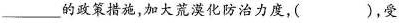
___的政策措施，加大荒漠化防治力度，( )，受到